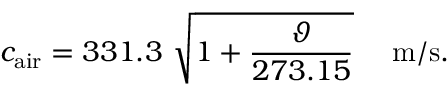
c _ { \mathrm { a i r } } = 3 3 1 . 3 ~ { \sqrt { 1 + { \frac { \vartheta } { 2 7 3 . 1 5 } } } } ~ ~ ~ ~ \mathrm { m / s } .